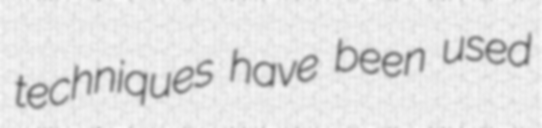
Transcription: techniques have been used